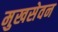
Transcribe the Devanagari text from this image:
मुखसेवन